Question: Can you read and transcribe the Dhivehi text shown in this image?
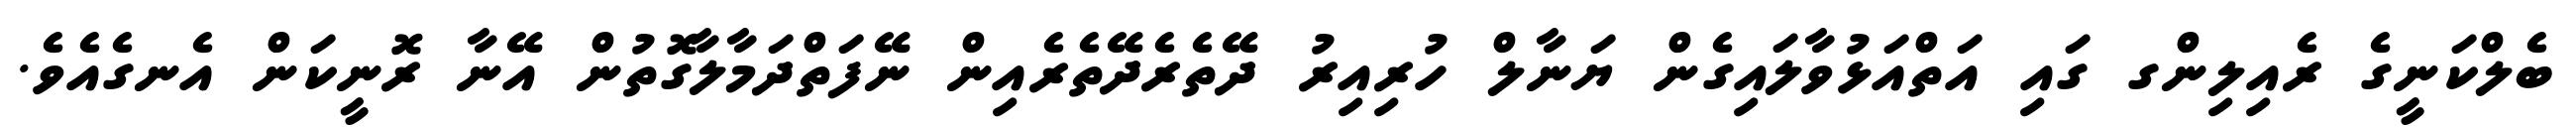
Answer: ބެލްކަނީގެ ރެއިލިންގ ގައި އަތްއަޅުވާލައިގެން ޔަނާލް ހުރިއިރު ދޭތެރެދޭތެރެއިން ނޭފަތްދަމާލާގޮތުން އޭނާ ރޮނީކަން އެނގެއެވެ.